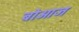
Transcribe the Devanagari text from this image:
बोआज